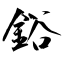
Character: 鋊